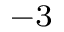
^ { - 3 }